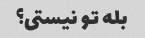
بله تو نیستی؟